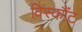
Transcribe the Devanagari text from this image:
विस्कौंट